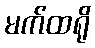
မက်ထရို